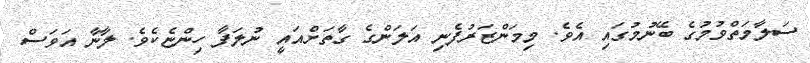
ސަލާމަތްވުމުގެ ބޭނުމުގައި އެވެ. މިމަންޒަރުފެނި އަލަންގެ ގާތަށްއައީ ނުލަފާ ހިންޏެކެވެ. ލާނާ އަވަސް